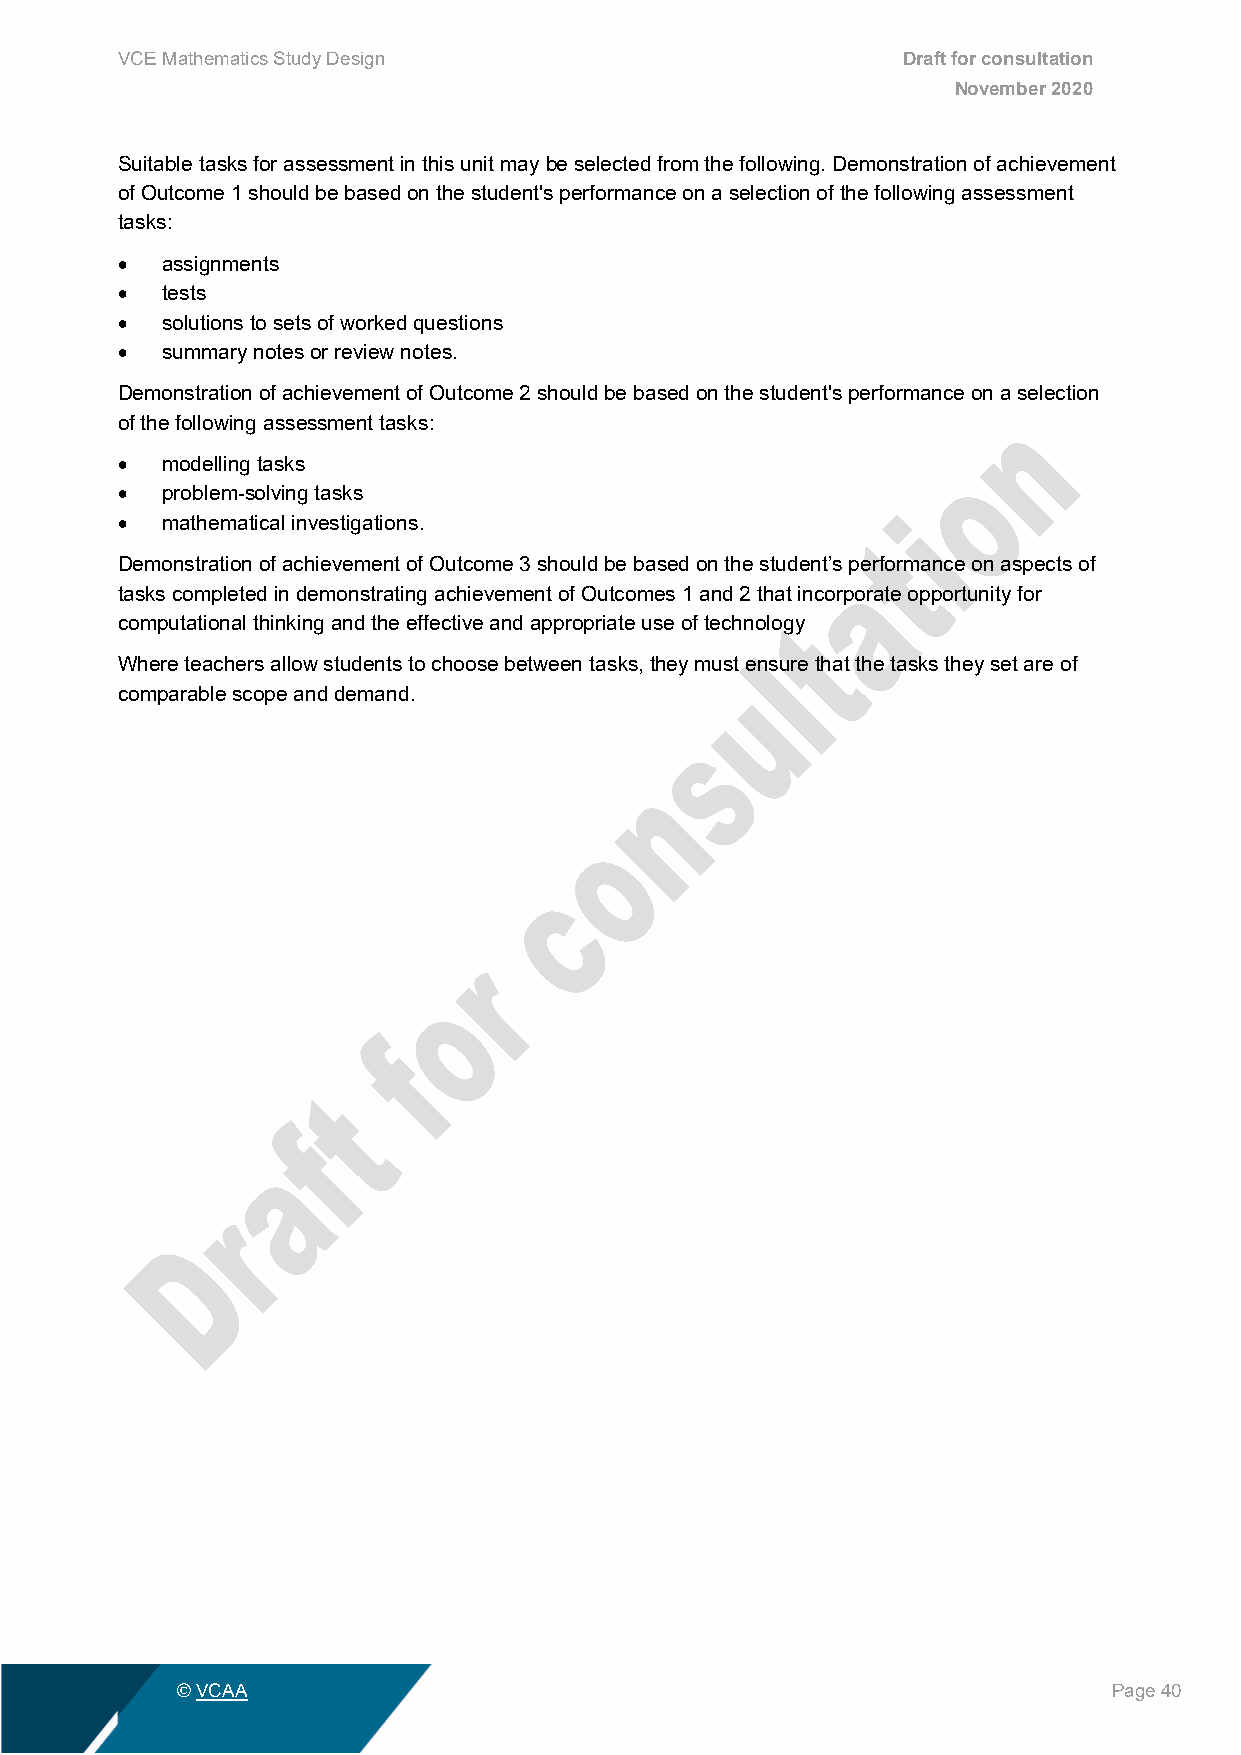
VCE Mathematics Study Design                        Draft for consultation
 November 2020
 Suitable tasks for assessment in this unit may be selected from the following. Demonstration of achievement
 of Outcome 1 should be based on the student's performance on a selection of the following assessment
 tasks:
 •  assignments
 •  tests
 •  solutions to sets of worked questions
 •  summary notes or review notes.
 Demonstration of achievement of Outcome 2 should be based on the student's performance on a selection
 of the following assessment tasks:
 •  modelling tasks
 •  problem-solving tasks
 •  mathematical investigations.
 Demonstration of achievement of Outcome 3 should be based on the student’s performance on aspects of
 tasks completed in demonstrating achievement of Outcomes 1 and 2 that incorporate opportunity for
 computational thinking and the effective and appropriate use of technology
 Where teachers allow students to choose between tasks, they must ensure that the tasks they set are of
 comparable scope and demand.
 © VCAA                                                        Page 40